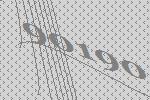
90190